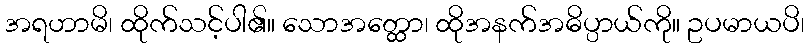
အရဟာမိ၊ ထိုက်သင့်ပါ၏။ သောအတ္ထော၊ ထိုအနက်အဓိပ္ပာယ်ကို။ ဥပမာယပိ၊